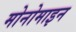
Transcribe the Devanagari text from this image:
मोनोमाइन